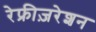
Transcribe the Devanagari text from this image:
रेफ्रीज़रेशन